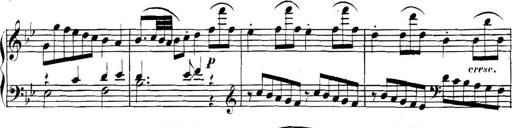
Title: Collected Piano Sonatas
Composer: Muzio Clementi